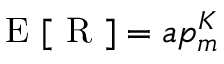
\mathrm { ~ E ~ } [ \mathrm { ~ R ~ } ] = a p _ { m } ^ { K }